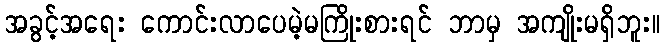
အခွင့်အရေး ကောင်းလာပေမဲ့မကြိုးစားရင် ဘာမှ အကျိုးမရှိဘူး။